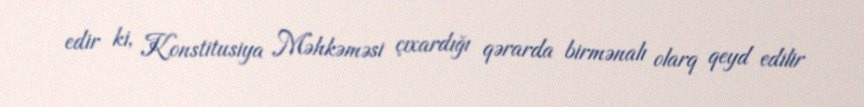
edir ki, Konstitusiya Məhkəməsi çıxardığı qərarda birmənalı olarq qeyd edilir